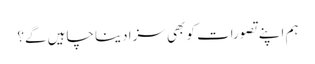
ہم اپنے تصورات کو بھی سزا دینا چاہیں گے؟